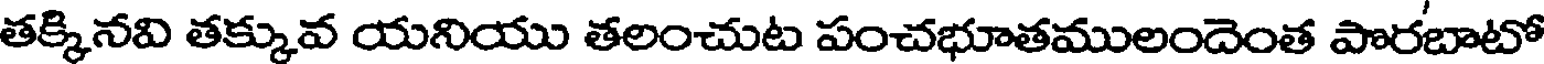
తక్కినవి తక్కువ యనియు తలంచుట పంచభూతములందెంత పొరబాటో